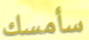
سأمسك